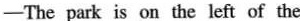
—The park is on the left of the